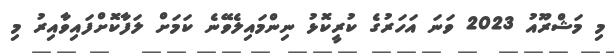
މި މަޝްރޫއު 2023 ވަނަ އަހަރުގެ ކުރީކޮޅު ނިންމައިލެވޭނެ ކަމަށް ލަފާކޮށްފައިވާއިރު މި